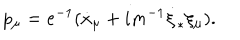
p _ { \mu } = e ^ { - 1 } ( \dot { x } _ { \mu } + i m ^ { - 1 } \dot { \xi } _ { * } \xi _ { \mu } ) .